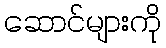
ဆောင်များကို